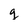
Character: q